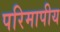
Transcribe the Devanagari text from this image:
परिमापीय